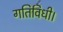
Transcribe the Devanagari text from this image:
गतिविधी।